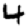
Digit: 4